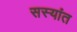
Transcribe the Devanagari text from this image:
सस्यांत